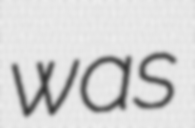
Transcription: was